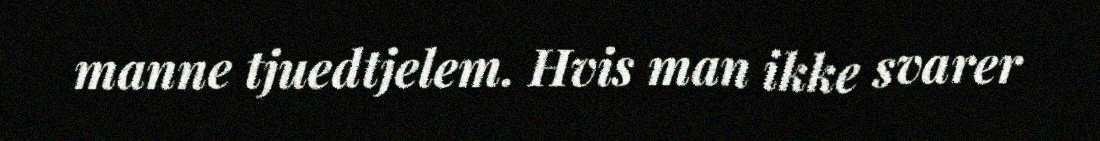
manne tjuedtjelem. Hvis man ikke svarer